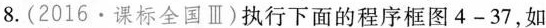
8.(2016.课标全国Ⅲ)执行下面的程序框图4-37，如